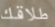
طلاقك